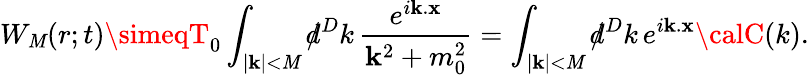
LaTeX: W_{\mathit{M}}(r;t)\simeqT_{0}\int_{|{\mathbf{k}}|<\mathit{M}}d\! \! \! /^{D}k\, \frac{{e^{i{\mathbf{k}}.{\mathbf{x}}}}}{{{\mathbf{k}}^{2}+m_{0}^{2}}}=\int_{|{\mathbf{k}}|<\mathit{M}}d\! \! \! /^{D}k\, e^{i{\mathbf{k}}.{\mathbf{x}}}{\calC}(k).